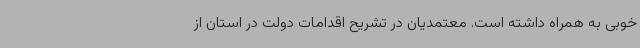
خوبی به همراه داشته است. معتمدیان در تشریح اقدامات دولت در استان از